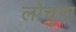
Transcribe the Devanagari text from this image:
लोचुगा